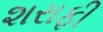
શરાફી